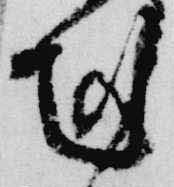
剋